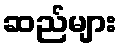
ဆည်များ